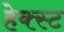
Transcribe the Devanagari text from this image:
हेक्स्ट